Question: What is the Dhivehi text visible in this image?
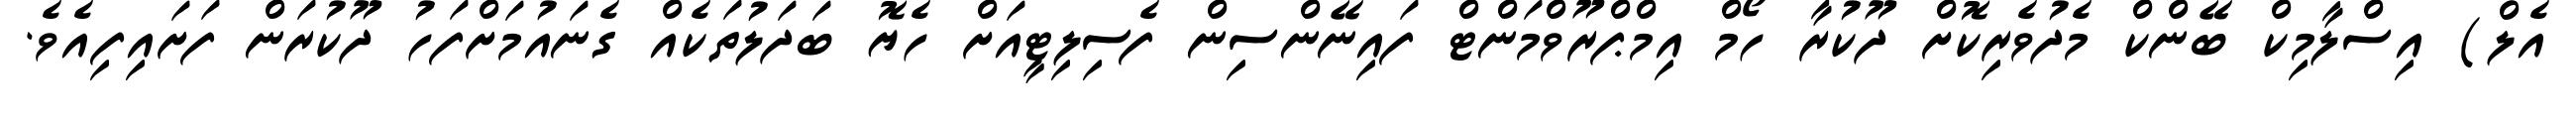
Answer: އެލް) އިސްލާމިކް ބޭންކް މެދުވެރިކޮށް ދޫކުރާ ހޯމް އިމްޕްރޫވްމަންޓް ފައިނޭންސިން ފެސިލިޓީއަށް ހެޔޮ ބަދަލުތަކެއް ގެނައުމަށްފަހު ދޫކުރަން ފަށައިފިއެވެ.